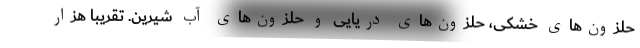
حلزون‌های خشکی، حلزون‌های دریایی و حلزون‌های آب شیرین. تقریبا هزار